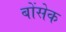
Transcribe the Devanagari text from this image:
बोंसेक